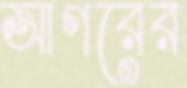
আগরের